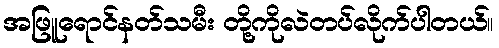
အဖြူရောင်နတ်သမီး တို့ကိုလဲတပ်လိုက်ပါတယ်။